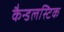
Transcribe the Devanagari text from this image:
कैन्डलस्टिक